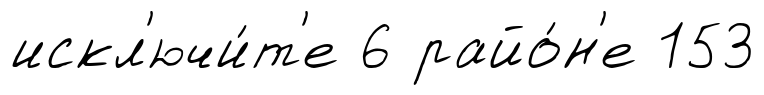
искл'ючи́т'е 6 райо́н'е 153